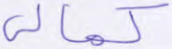
كمالي